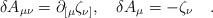
LaTeX: \begin{align*}\delta A_{\mu\nu} = \partial_{[\mu} \zeta_{\nu]} ,\quad \delta A_{\mu} = - \zeta_{\nu} \quad .\end{align*}